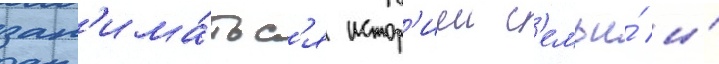
зан'има́тьс'я истор'иеи с'емьи́ и́